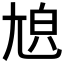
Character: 𡯬